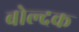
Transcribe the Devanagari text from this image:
बोल्दक